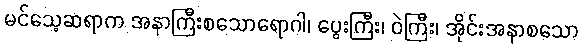
မင်သေ့ဆရာက အနာကြီးစသောရောဂါ၊ ပွေးကြီး၊ ဝဲကြီး၊ အိုင်းအနာစသော